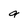
Character: a